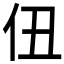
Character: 𪜫